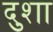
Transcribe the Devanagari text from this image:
दुशा